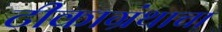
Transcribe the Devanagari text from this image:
टीकाग्रंथाचा